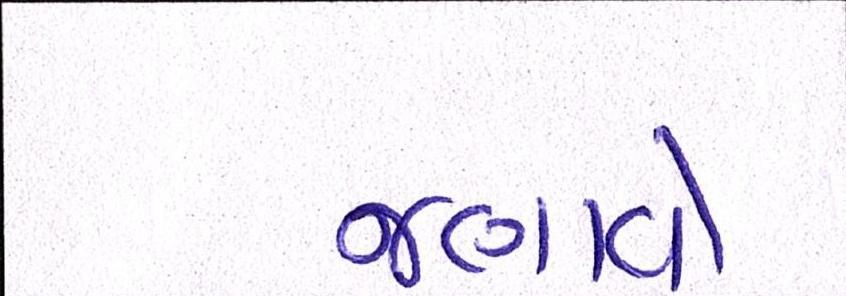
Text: જણાવે